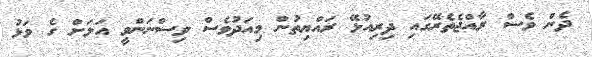
ދެން ވެސް ރާއްޖެތެރޭގައި ދިރިއުޅޭ ރައްޔިތުން މިއަދުވެސް ވިސްނަންވީ އަލަށް ގެ ވަޅު